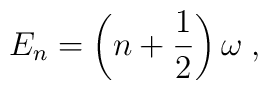
E_n = \left(n + \frac{1}{2}\right)\omega\; ,